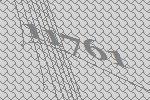
11761